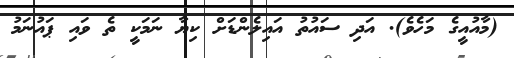
(މާއުއީގެ މަހެވެ). އަދި ސައުތު އައިލެންޑަށް ކިޔާ ނަމަކީ ތެ ވައި ޕައުނަމު